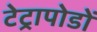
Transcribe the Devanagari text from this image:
टेट्रापोडों